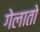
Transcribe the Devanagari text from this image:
गेलातो